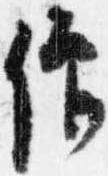
僧